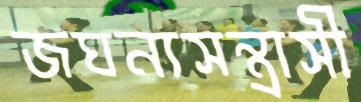
জঘন্যসন্ত্রাসী